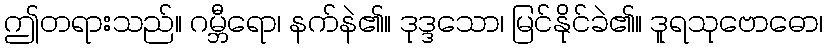
ဤတရားသည်။ ဂမ္ဘီရော၊ နက်နဲ၏။ ဒုဒ္ဒသော၊ မြင်နိုင်ခဲ၏။ ဒူရသုဗောဓော၊